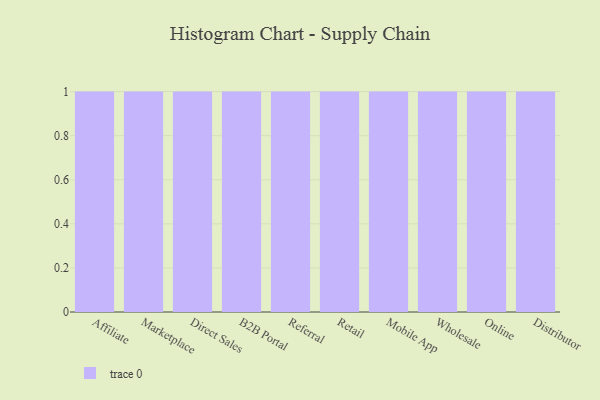
{"axis": {"x": "Channel", "y": "Net Income (USD K)"}, "legend": [""], "data": [{"x": "Affiliate", "y": 20, "type": ""}, {"x": "Marketplace", "y": 73, "type": ""}, {"x": "Direct Sales", "y": 71, "type": ""}, {"x": "B2B Portal", "y": 47, "type": ""}, {"x": "Referral", "y": 52, "type": ""}, {"x": "Retail", "y": 65, "type": ""}, {"x": "Mobile App", "y": 99, "type": ""}, {"x": "Wholesale", "y": 65, "type": ""}, {"x": "Online", "y": 6, "type": ""}, {"x": "Distributor", "y": 17, "type": ""}]}